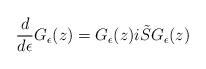
LaTeX: \begin{align*} \frac{d}{d \epsilon} G_{\epsilon} (z) = G_{\epsilon}(z) i \tilde{S} G_{\epsilon}(z) \end{align*}